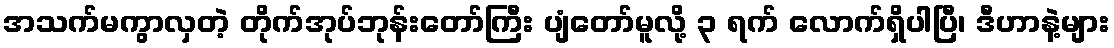
အသက်မကွာလှတဲ့ တိုက်အုပ်ဘုန်းတော်ကြီး ပျံတော်မူလို့ ၃ ရက် လောက်ရှိပါပြီ၊ ဒီဟာနဲ့များ